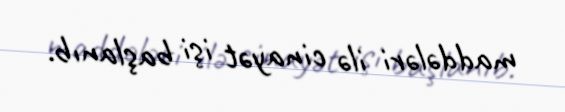
maddələri ilə cinayət işi başlanıb.